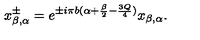
x _ { \beta , \alpha } ^ { \pm } = e ^ { \pm i \pi b ( \alpha + \frac { \beta } { 2 } - \frac { 3 Q } { 4 } ) } x _ { \beta , \alpha } .